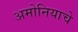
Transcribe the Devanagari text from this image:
अमोनियाचे